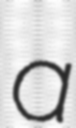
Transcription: a